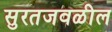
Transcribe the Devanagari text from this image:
सुरतजवळील